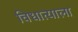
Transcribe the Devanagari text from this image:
विधात्याला